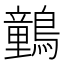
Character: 䴀